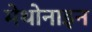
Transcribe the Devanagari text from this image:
मेथोनाइन